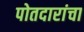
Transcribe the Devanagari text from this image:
पोतदारांचा